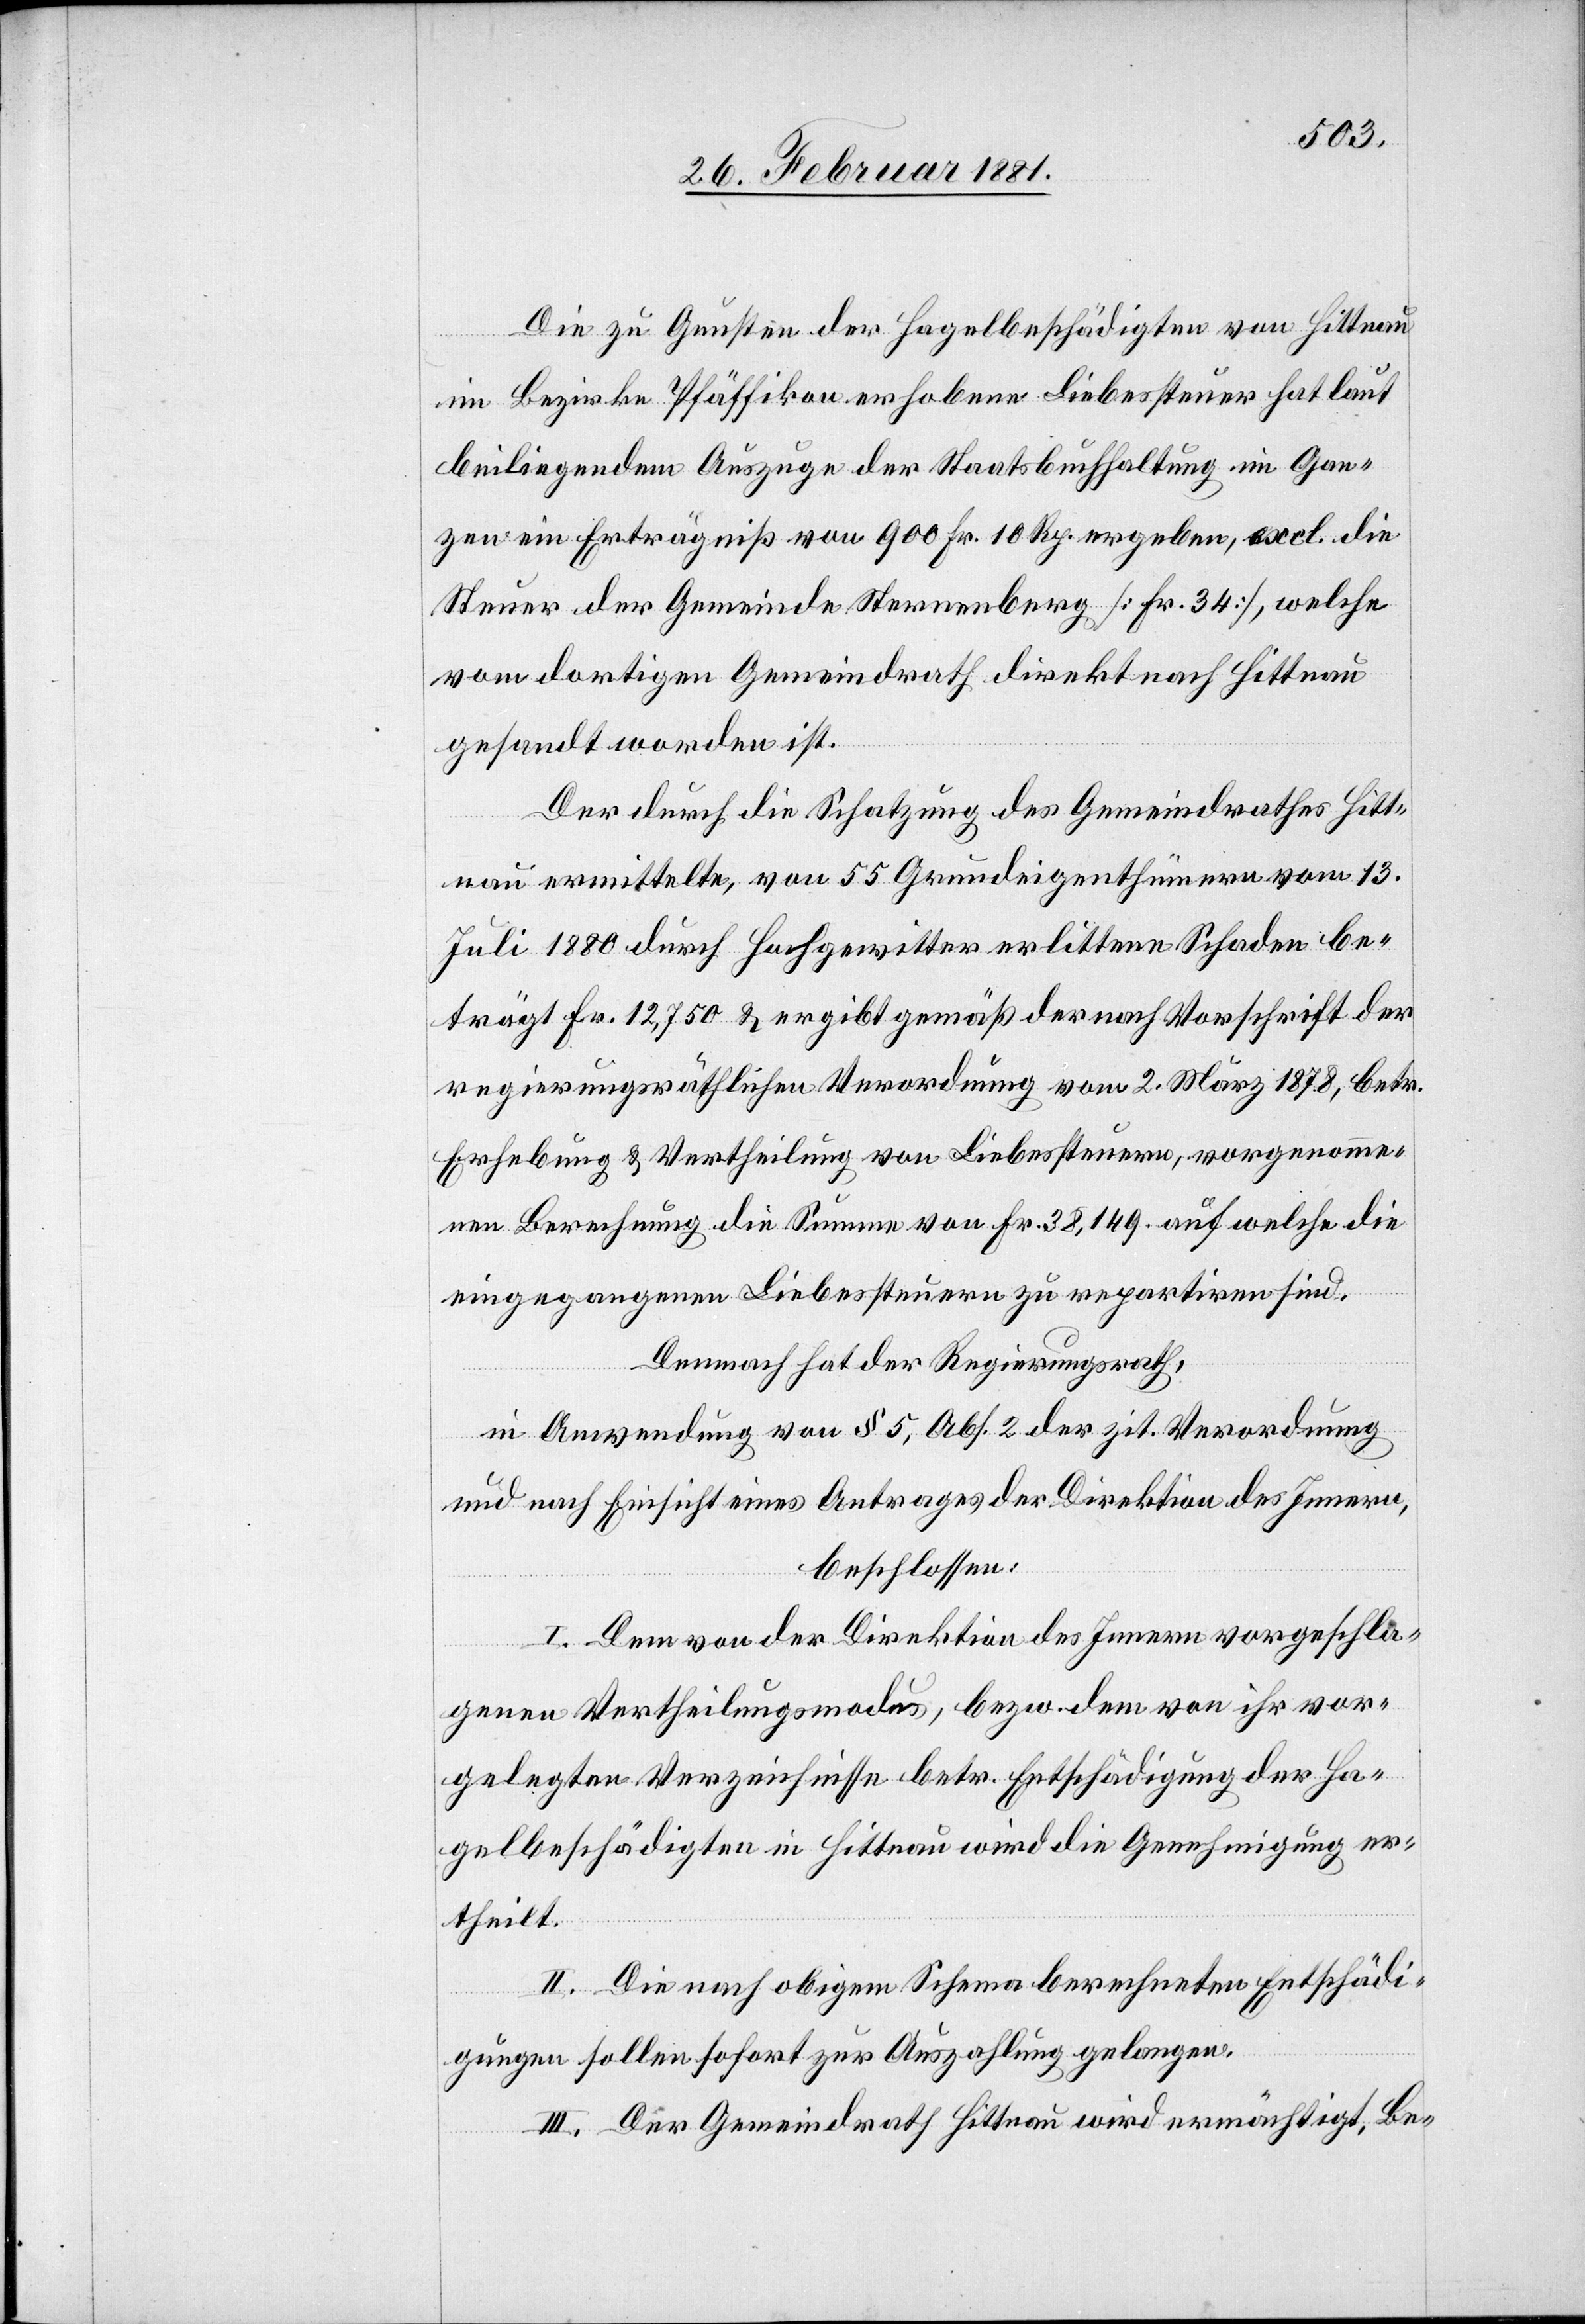
Die zu Gunsten der Hagelbeschädigten von Hittnau
im Bezirke Pfäffikon erhobene Liebessteuer hat laut
beiliegendem Auszuge der Staatsbuchhaltung im Gan¬
zen ein Erträgniß von 900 Fr. 10 Rp. ergeben, excl. die
Steuer der Gemeinde Sternenberg [Fr. 34], welche
vom dortigen Gemeindrath direkt nach Hittnau
gesandt worden ist.
Der durch die Schatzung des Gemeindrathes Hitt¬
nau ermittelte, von 55 Grundeigenthümern vom 13.
Juli 1880 durch Hochgewitter erlittenen Schaden be¬
trägt Fr. 12,750 & ergibt gemäß der nach Vorschrift der
regierungsräthlichen Verordnung vom 2. März 1878, betr.
Erhebung & Vertheilung von Liebessteuern, vorgenomme¬
ne Berechnung die Summe von Fr. 38,149 auf welche die
eingegangenen Liebessteuern zu repartiren sind.
Demnach hat der Regierungsrath,
in Anwendung von § 5, Abs. 2 der zit. Verordnung
und nach Einsicht eines Antrages der Direktion des Innern,
beschlossen:
I. Dem von der Direktion des Innern vorgeschla¬
genen Vertheilungsmodus, bezw. dem von ihr vor¬
gelegten Verzeichnisse betr. Entschädigung der Ha¬
gelbeschädigten in Hittnau wird die Genehmigung er¬
theilt.
II. Die nach obigem Schema berechneten Entschädi¬
gungen sollen sofort zur Auszahlung gelangen.
III. Der Gemeindrath Hittnau wir ermächtigt, Be-